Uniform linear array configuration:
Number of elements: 12
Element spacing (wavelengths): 0.5
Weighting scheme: blackman
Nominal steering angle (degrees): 15
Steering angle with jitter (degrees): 13.471
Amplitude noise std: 0.05
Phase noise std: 0.05

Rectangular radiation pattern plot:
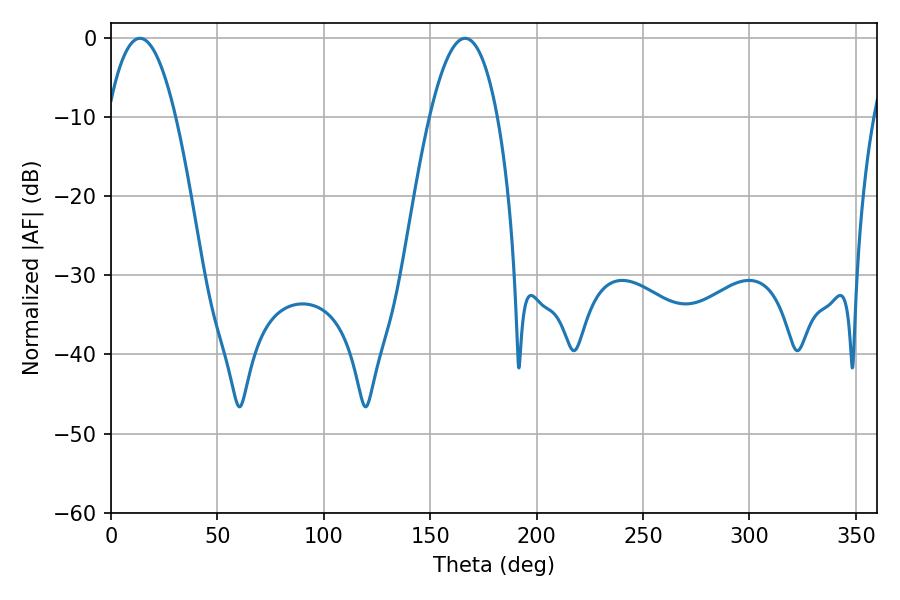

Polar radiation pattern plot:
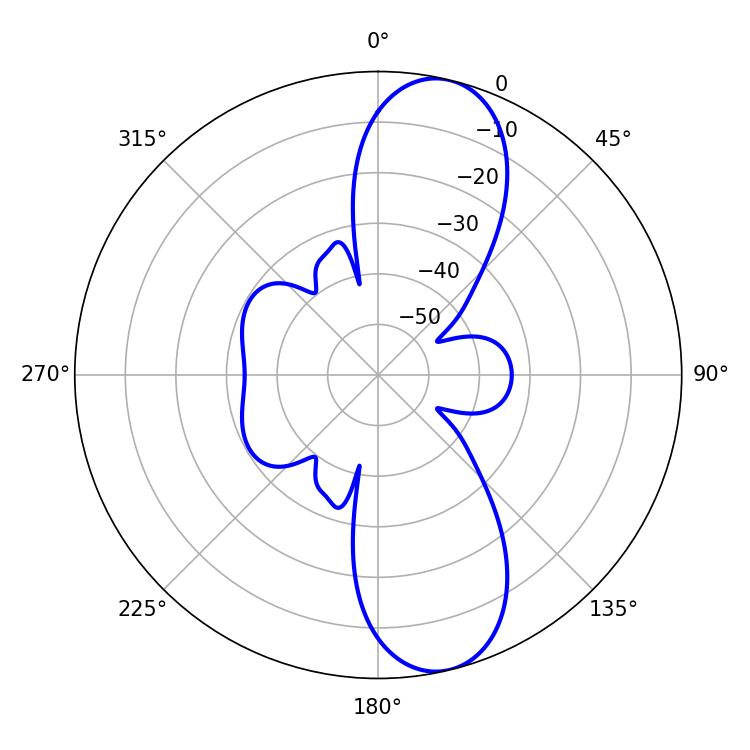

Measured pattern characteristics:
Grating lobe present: FALSE
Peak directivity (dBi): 11.009
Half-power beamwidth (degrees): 17.64
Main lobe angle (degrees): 13.68